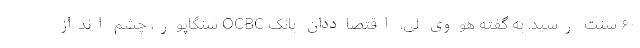
۶۰ سنت رسید. به گفته هووی لی، اقتصاددان بانک OCBC سنگاپور، چشم انداز